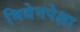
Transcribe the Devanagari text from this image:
मिथेनपेक्षा